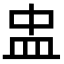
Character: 盅